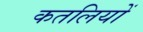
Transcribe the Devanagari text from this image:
कतलियों